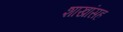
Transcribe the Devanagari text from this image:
शाखांसह